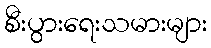
စီးပွားရေးသမားများ